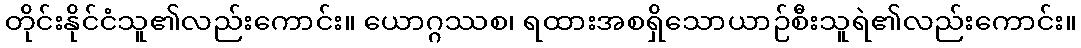
တိုင်းနိုင်ငံသူ၏လည်းကောင်း။ ယောဂ္ဂဿစ၊ ရထားအစရှိသောယာဉ်စီးသူရဲ၏လည်းကောင်း။